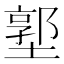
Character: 𱗳